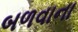
બળવાના